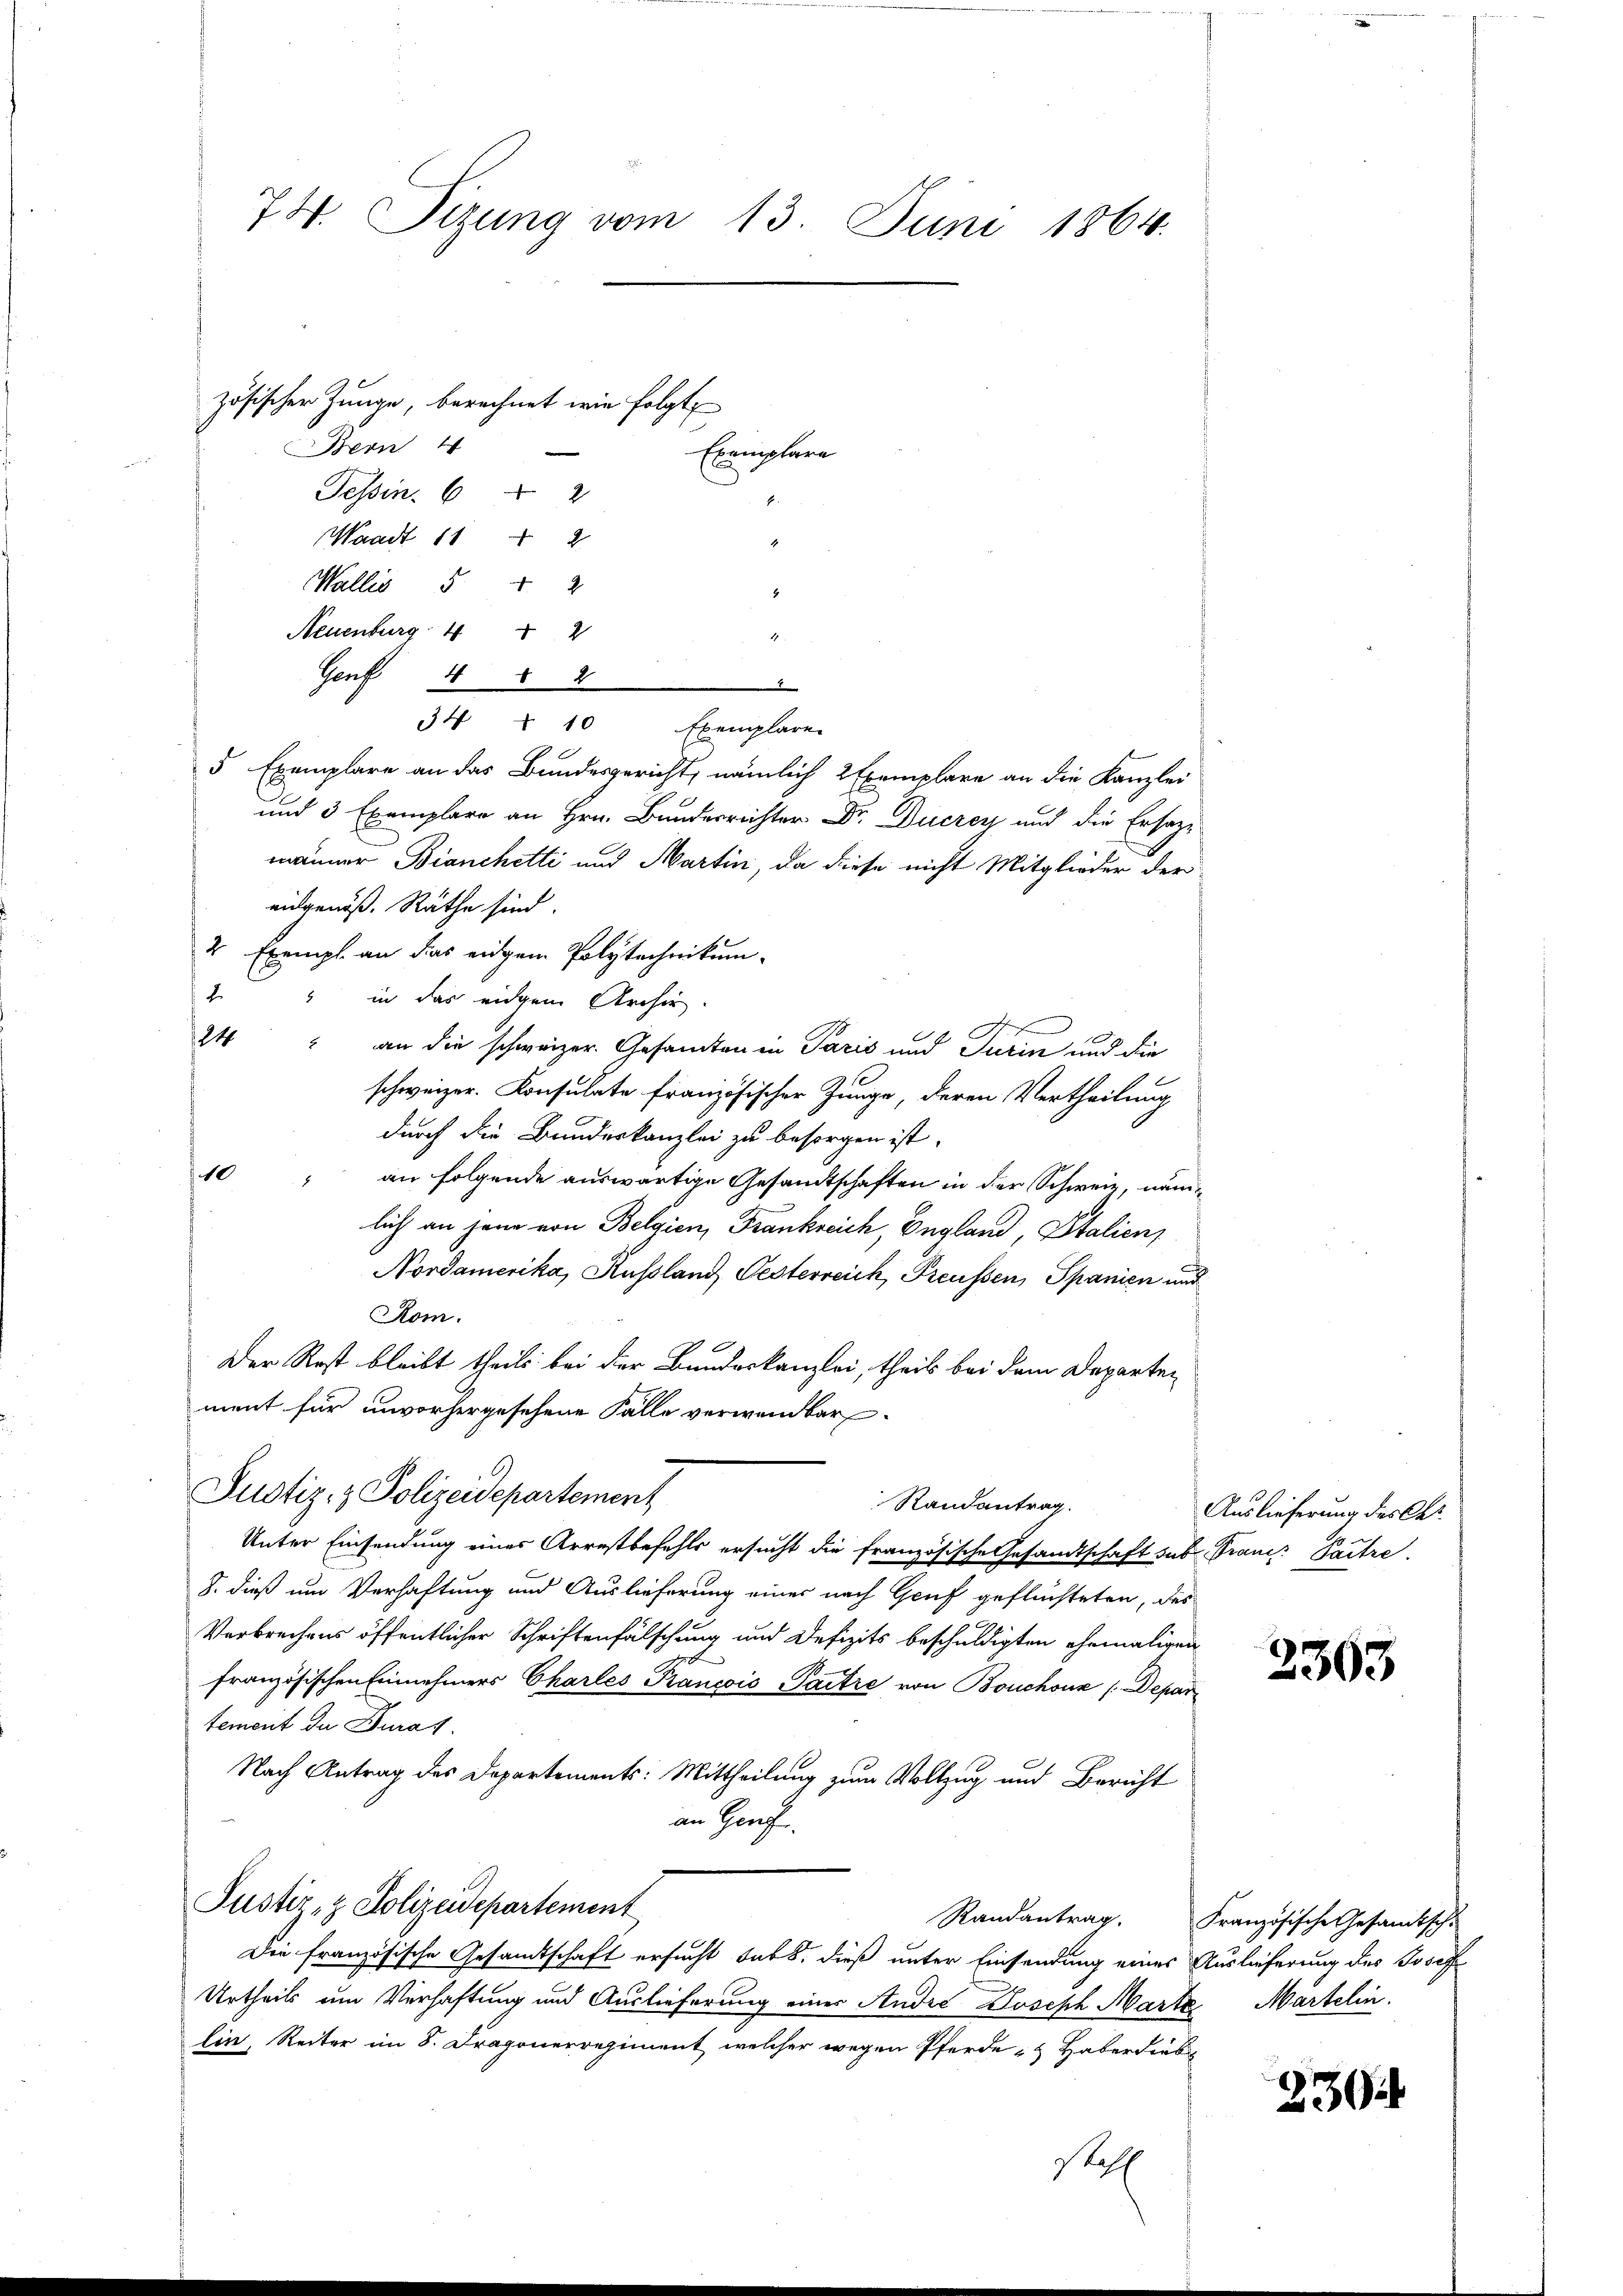
74. Tizung vom 13. Juni 1864.

zösischer Junge, berechnet wie folgt
Bern
Tessin. 62
Waadt 11 2
1
Wallis 5 f 2
Neuenburg 4 " 2

Genf 4 § 2
.
5 Exemplare an das Bundesgericht, nämlich 2 Exemplare an die Kanzlei
und 3 Exemplare an Hrn. Bundesrichter Dr. Ducrey und die Ersaz-
männer Bianchetti und Martin, da diese nicht Mitglieder der
eidgenöß. Räthe sind.
2 Exempl. an das einem Polytechnikum.
" in das eidgem Archiv.
24 an die schweizer. Gesandten in Paris und Turin und die
schweizer. Konsulate französischer Zunge, deren Vertheilung
durch die Bundeskanzlei zu besorgen ist.
10
an folgende auswärtige Gesandtschaften in der Schweiz, nämlich an jene von Belgien, Frankreich, England, Italien,
Nordamerika, Kussland Testerreich, Preußen, Spanien und
Rom.
Der Rest bleibt theils bei der Bundeskanzlei, theils bei dem Departement für unvorhergesehene Fälle verwendbar
Justiz- & Polizeidepartement
Randantrag.
Unter Einsendung einer Arrestbefehls ersucht die französische Gesandtschaft sus
8. dieß um Verhaftung und Auslieferung einer nach Genf geflüchteten, des
Verbrechens öffentlicher Schriftenfälschung und Defizits beschuldigten ehemaligen
französischen Einnehmers Chartes Francois Paitre von Bouchoux / Depar
tement de Kurat
Nach Antrag des Departements: Mittheilung zum Vollzug und Bericht
an Grafe.
Justiz- & Polizeidepartement
Die französische Gesandtschaft ersucht habt, dieß unter Einsendung eines Auslieferung des Josef
Urtheils um Verhaftung und Auslieferung einer Andre Joseph Marte Martelin.
lin, Reiter im 8. Dragonerregiment, welcher wegen Pferde - Haber diebs
Stell

34 § 10 Exemplare

Exemplare
E.

Auslieferung des Cat.
Francs Paitre.

2363

Randantrag. Französische Gesandtschu

230